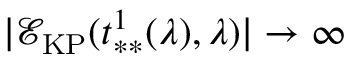
| \mathcal { E } _ { \mathrm { K P } } ( t _ { * * } ^ { 1 } ( \lambda ) , \lambda ) | \to \infty